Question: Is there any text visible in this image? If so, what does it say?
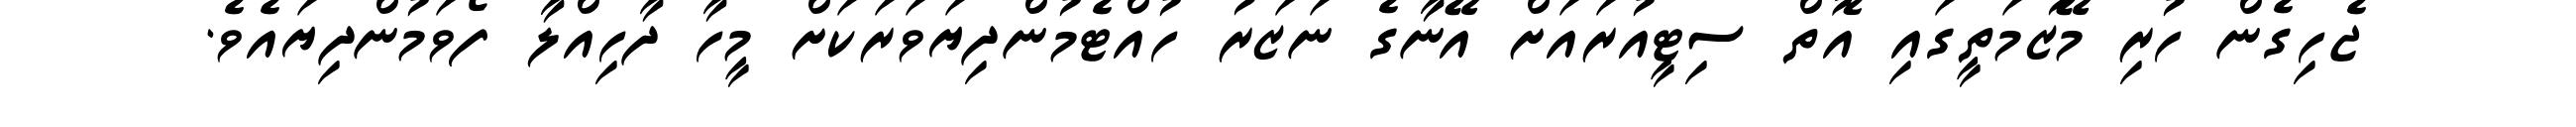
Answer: ޖެހިގެން ހުރި މޭޒުމަތީގައި އޮތް ސިޓީއުރައަށް އޭނާގެ ނަޒަރު ހުއްޓެމުންދިޔަވަރަކަށް މީހާ ދާހިއްލާ ފޯވަމުންދިޔައެވެ.